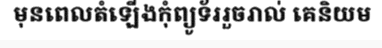
មុនពេលតំឡើងកុំព្យូទ័ររួចរាល់ គេនិយម